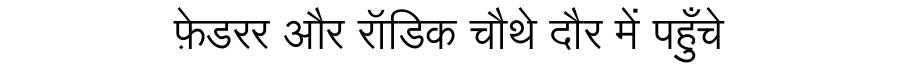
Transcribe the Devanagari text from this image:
फ़ेडरर और रॉडिक चौथे दौर में पहुँचे